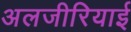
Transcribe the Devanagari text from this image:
अलजीरियाई